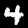
Digit: 4